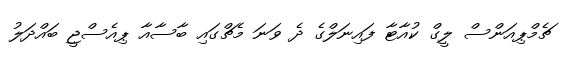
ޗެމްޕިއަންސް ލީގް ކުއާޓާ ފައިނަލްގެ ދެ ވަނަ މެޗްގައި ބާސާއާ ޕިއެސްޖީ ބައްދަލު